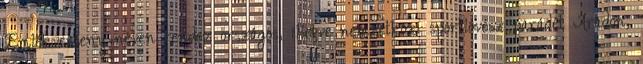
Emlékverseny néven rendez országos, illetve nemzetközi sportlövész parádét Aradon,